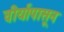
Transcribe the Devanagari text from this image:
वीर्यापासून